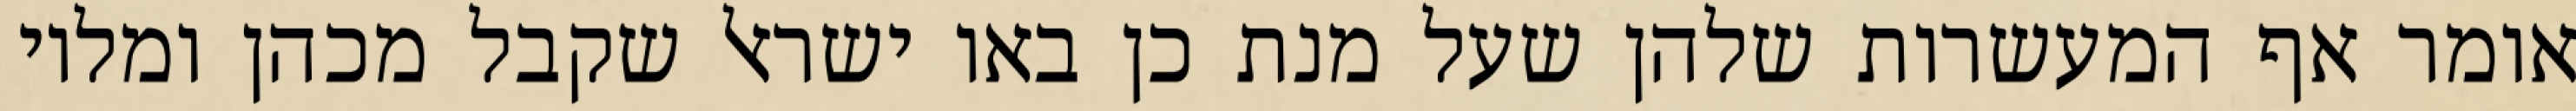
אומר אף המעשרות שלהן שעל מנת כן באו ישראל שקבל מכהן ומלוי